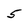
Character: 5